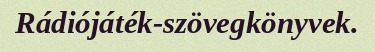
Rádiójáték-szövegkönyvek.